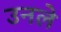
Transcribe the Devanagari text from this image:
उनले